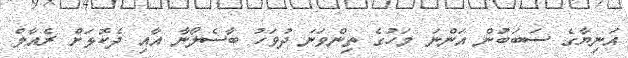
އަނިޔާގެ ސަބަބުން އަންނަ މަހުގެ ތިންވަނަ ދުވަހު ބާސެލޯނާ އާއި ދެކޮޅަށް ރެއާލް